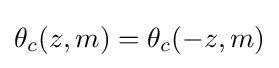
\theta _{c}(z,m)=\theta _{c}(-z,m)